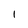
Character: 1